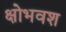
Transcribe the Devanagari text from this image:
क्षोभवश